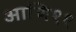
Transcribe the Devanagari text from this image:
आणि११